Insane asylums in Bengal annual reports 1867-1875 - 1867-1875
Year: 1867
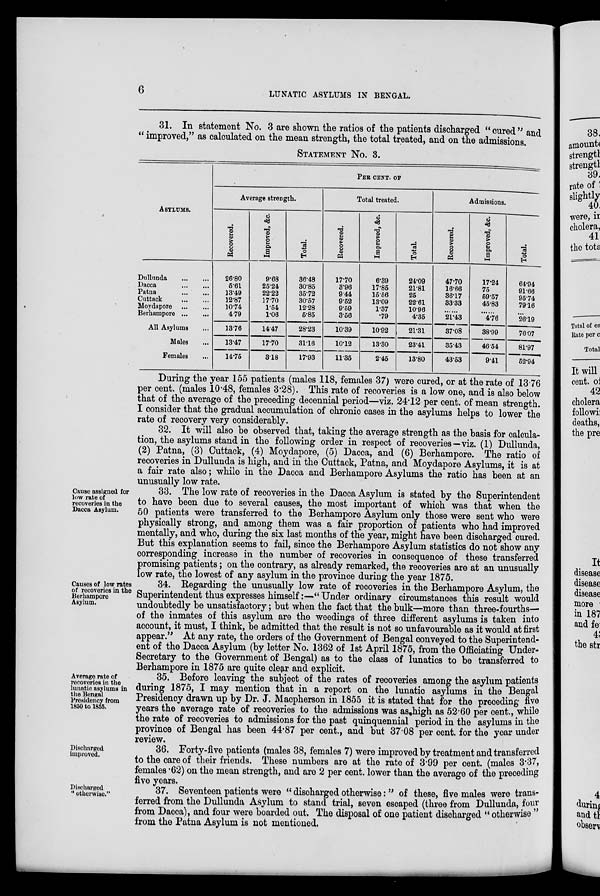
6
LUNATIC ASYLUMS IN BENGAL.
31. In statement No. 3 are shown the ratios of the patients discharged " cured " and
" improved," as calculated on the mean strength, the total treated, and on the admissions.
STATEMENT No. 3.
ASYLUMS.
Dullunda
...
...
Dacca ... ...
Patna ... ...
Cuttack
...
...
Moydapore
...
...
Berhampore
...
...
All Asylums ...
Males ...
Females ...
PER CENT. OF
Average strength.
Recovered.
26.80
5.61
13.49
12.87
10.74
4.79
13.76
13.47
14.75
Improved, &c.
9.68
25.24
22.22
17.70
1.54
1.06
14.47
17.70
3.18
Total.
36.48
30.85
35.72
30.57
12.28
5.85
28.23
31.16
17.93
Total treated.
Recovered.
17.70
3.96
9 44
9.52
9.69
3.56
10.39
10.12
11.35
Improved, &c.
6.39
17.85
15.56
13.09
1.37
.79
10.92
13.30
2.45
Total.
24.09
21.81
25
22.61
10.96
4.35
21.31
23.41
13.80
Admissions.
Recovered.
47.70
16.66
36.17
33.33
......
21.43
37.08
35.43
43.53
Improved, &c.
17.24
75
59.57
45.83
......
4.76
38.99
46.54
9.41
Total.
64.94
91.66
95.74
79.16
......
26.19
76.07
81.97
52.94
During the year 155 patients (males 118, females 37) were cured, or at the rate of 13.76
per cent. (males 10.48, females 3.28). This rate of recoveries is a low one, and is also below
that of the average of the preceding decennial period—viz. 24.12 per cent. of mean strength.
I consider that the gradual accumulation of chronic cases in the asylums helps to lower the
rate of recovery very considerably.
32. It will also be observed that, taking the average strength as the basis for calcula-
tion, the asylums stand in the following order in respect of recoveries—viz. (1) Dullunda,
(2) Patna, (3) Cuttack, (4) Moydapore, (5) Dacca, and (6) Berhampore. The ratio of
recoveries in Dullunda is high, and in the Cuttack, Patna, and Moydapore Asylums, it is at
a fair rate also; while in the Dacca and Berhampore Asylums the ratio has been at an
unusually low rate.
Cause assigned for
low rate of
recoveries in the
Dacca Asylum.
33. The low rate of recoveries in the Dacca Asylum is stated by the Superintendent
to have been due to several causes, the most important of which was that when the
50 patients were transferred to the Berhampore Asylum only those were sent who were
physically strong, and among them was a fair proportion of patients who had improved
mentally, and who, during the six last months of the year, might have been discharged cured.
But this explanation seems to fail, since the Berhampore Asylum statistics do not show any
corresponding increase in the number of recoveries in consequence of these transferred
promising patients; on the contrary, as already remarked, the recoveries are at an unusually
low rate, the lowest of any asylum in the province during the year 1875.
Causes of low rates
of recoveries in the
Berhampore
Asylum.
34. Regarding the unusually low rate of recoveries in the Berhampore Asylum, the
Superintendent thus expresses himself:—" Under ordinary circumstances this result would
undoubtedly be unsatisfactory; but when the fact that the bulk—more than three-fourths—
of the inmates of this asylum are the weedings of three different asylums is taken into
account, it must, I think, be admitted that the result is not so unfavourable as it would at first
appear." At any rate, the orders of the Government of Bengal conveyed to the Superintend-
ent of the Dacca Asylum (by letter No. 1362 of 1st April 1875, from the Officiating Under-
Secretary to the Government of Bengal) as to the class of lunatics to be transferred to
Berhampore in 1875 are quite clear and explicit.
Average rate of
recoveries in the
lunatic asylums in
the Bengal
Presidency from
1850 to 1855.
35. Before leaving the subject of the rates of recoveries among the asylum patients
during 1875, I may mention that in a report on the lunatic asylums in the Bengal
Presidency drawn up by Dr. J. Macpherson in 1855 it is stated that for the preceding five
years the average rate of recoveries to the admissions was as high as 52.60 per cent., while
the rate of recoveries to admissions for the past quinquennial period in the asylums in the
province of Bengal has been 44.87 per cent., and but 37.08 per cent. for the year under
review.
Discharged
improved.
36. Forty-five patients (males 38, females 7) were improved by treatment and transferred
to the care of their friends. These numbers are at the rate of 3.99 per cent. (males 3.37,
females .62) on the mean strength, and are 2 per cent. lower than the average of the preceding
five years.
Discharged
" otherwise."
37. Seventeen patients were " discharged otherwise:" of these, five males were trans-
ferred from the Dullunda Asylum to stand trial, seven escaped (three from Dullunda, four
from Dacca), and four were boarded out. The disposal of one patient discharged " otherwise
from the Patna Asylum is not mentioned.